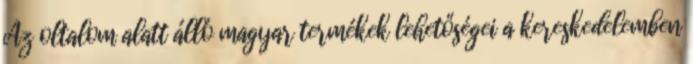
Az oltalom alatt álló magyar termékek lehetőségei a kereskedelemben